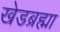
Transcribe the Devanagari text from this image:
खेडब्रह्मा